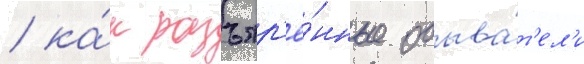
/ ка́к разъяр'ё́нные обыва́т'ел'и